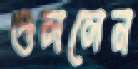
গুললেন